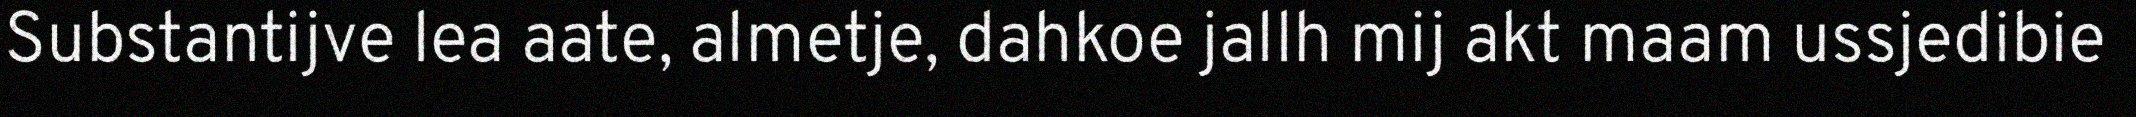
Substantijve lea aate, almetje, dahkoe jallh mij akt maam ussjedibie